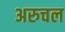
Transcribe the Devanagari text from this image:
अरुचल